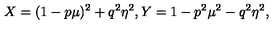
X = ( 1 - p \mu ) ^ { 2 } + q ^ { 2 } \eta ^ { 2 } , Y = 1 - p ^ { 2 } \mu ^ { 2 } - q ^ { 2 } \eta ^ { 2 } ,